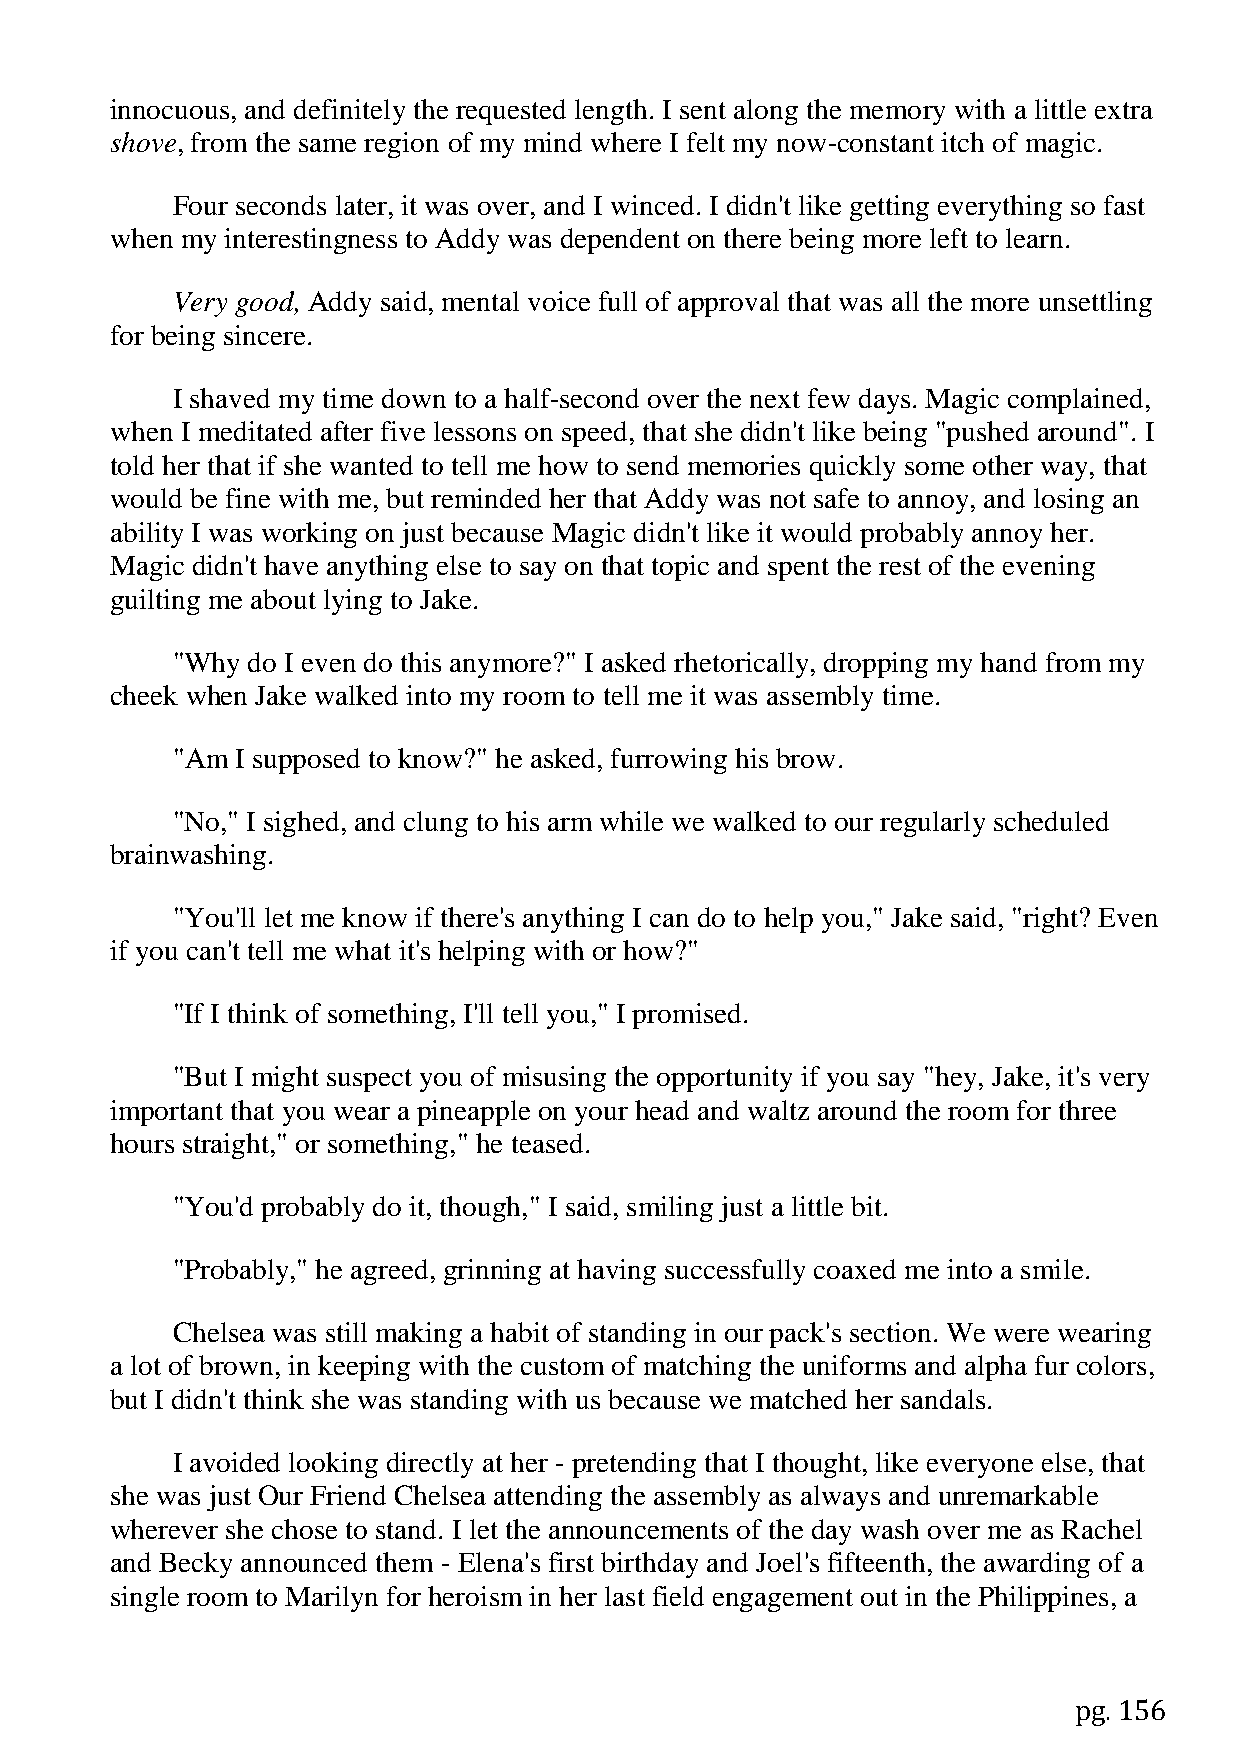
innocuous, and definitely the requested length. I sent along the memory with a little extra
 shove, from the same region of my mind where I felt my now-constant itch of magic.
 Four seconds later, it was over, and I winced. I didn't like getting everything so fast
 when my interestingness to Addy was dependent on there being more left to learn.
 Very good, Addy said, mental voice full of approval that was all the more unsettling
 for being sincere.
 I shaved my time down to a half-second over the next few days. Magic complained,
 when I meditated after five lessons on speed, that she didn't like being "pushed around". I
 told her that if she wanted to tell me how to send memories quickly some other way, that
 would be fine with me, but reminded her that Addy was not safe to annoy, and losing an
 ability I was working on just because Magic didn't like it would probably annoy her.
 Magic didn't have anything else to say on that topic and spent the rest of the evening
 guilting me about lying to Jake.
 "Why do I even do this anymore?" I asked rhetorically, dropping my hand from my
 cheek when Jake walked into my room to tell me it was assembly time.
 "Am  I supposed to know?" he asked, furrowing his brow.
 "No," I sighed, and clung to his arm while we walked to our regularly scheduled
 brainwashing.
 "You'll let me know if there's anything I can do to help you," Jake said, "right? Even
 if you can't tell me what it's helping with or how?"
 "If I think of something, I'll tell you," I promised.
 "But I might suspect you of misusing the opportunity if you say "hey, Jake, it's very
 important that you wear a pineapple on your head and waltz around the room for three
 hours straight," or something," he teased.
 "You'd probably do it, though," I said, smiling just a little bit.
 "Probably," he agreed, grinning at having successfully coaxed me into a smile.
 Chelsea was still making a habit of standing in our pack's section. We were wearing
 a lot of brown, in keeping with the custom of matching the uniforms and alpha fur colors,
 but I didn't think she was standing with us because we matched her sandals.
 I avoided looking directly at her - pretending that I thought, like everyone else, that
 she was just Our Friend Chelsea attending the assembly as always and unremarkable
 wherever she chose to stand. I let the announcements of the day wash over me as Rachel
 and Becky announced them - Elena's first birthday and Joel's fifteenth, the awarding of a
 single room to Marilyn for heroism in her last field engagement out in the Philippines, a
 pg. 156